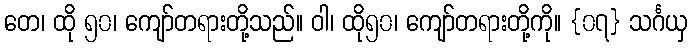
တေ၊ ထို ၅၀၊ ကျော်တရားတို့သည်။ ဝါ၊ ထို၅၀၊ ကျော်တရားတို့ကို။ {၀၇} သင်္ဂယှ